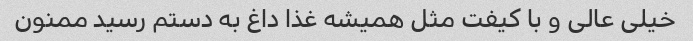
خیلی عالی و با کیفت مثل همیشه غذا داغ به دستم رسید ممنون